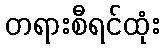
တရားစီရင်ထုံး